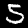
Label: 5